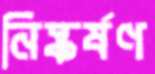
নিষ্কর্ষণ